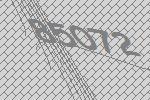
85072